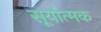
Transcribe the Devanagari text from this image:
सूर्यात्मक